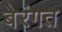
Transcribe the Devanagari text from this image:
बेरंगत